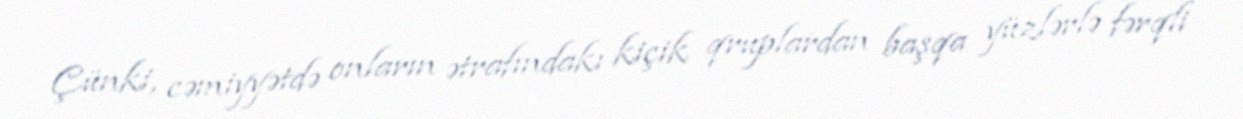
Çünki, cəmiyyətdə onların ətrafındakı kiçik qruplardan başqa yüzlərlə fərqli